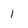
Character: 1